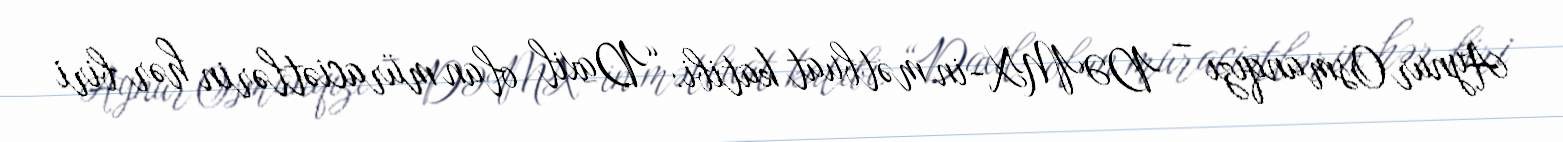
Aynur Osmanqızı – DƏMX-in mətbuat katibi: “Daxil olan müraciətlərin hər biri